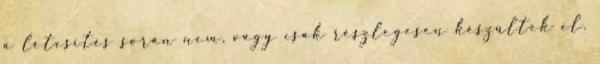
a létesítés során nem, vagy csak részlegesen készültek el.